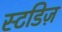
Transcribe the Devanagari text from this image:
स्टडिज़